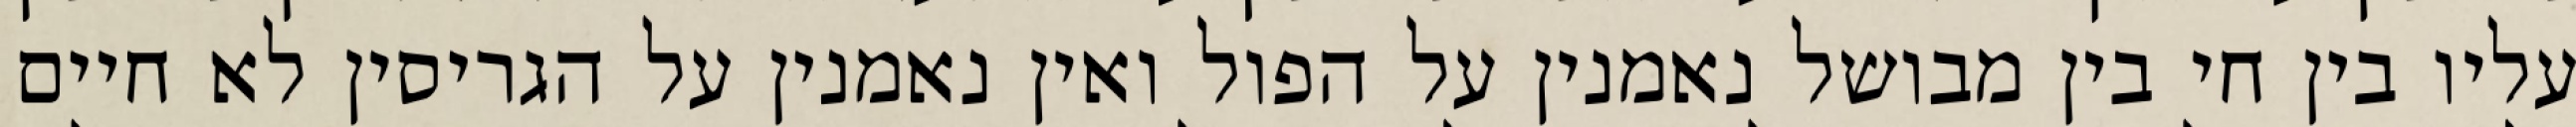
עליו בין חי בין מבושל נאמנין על הפול ואין נאמנין על הגריסין לא חיים